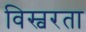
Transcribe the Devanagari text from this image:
विस्वरता